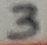
Text: 3